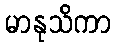
မာနုသိကာ